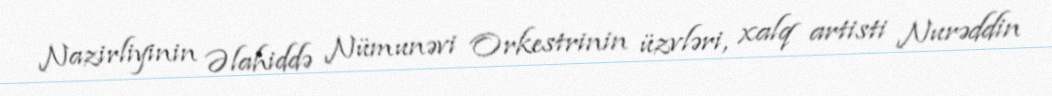
Nazirliyinin Əlahiddə Nümunəvi Orkestrinin üzvləri, xalq artisti Nurəddin